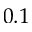
0 . 1